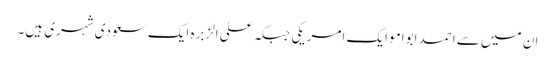
ان میں سے احمد ابوامو ایک امریکی جبکہ علی الزبرہ ایک سعودی شہری ہیں۔